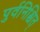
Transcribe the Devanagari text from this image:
पुर्वनिश्चित्